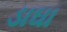
ડાઘા